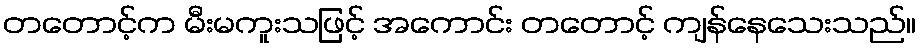
တတောင့်က မီးမကူးသဖြင့် အကောင်း တတောင့် ကျန်နေသေးသည်။